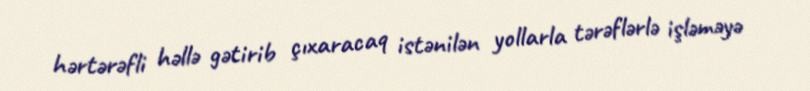
hərtərəfli həllə gətirib çıxaracaq istənilən yollarla tərəflərlə işləməyə